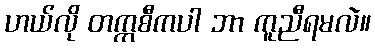
ဟယ်လို တက္ကစီကပါ ဘာ ကူညီရမလဲ။